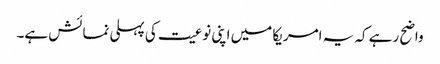
واضح رہے کہ یہ امریکا میں اپنی نوعیت کی پہلی نمائش ہے۔